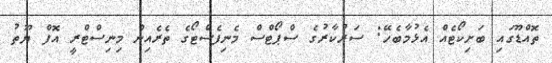
ތޮއްޑޫގައި ބަށިކޯޓެއް އެޅުމާބެހޭ: ސަރުކާރުގެ ސްޕޯޓްސް މެނިފެސްޓޯގެ ތެރެއިން މިނިސްޓްރީ އޮފް ޔޫތު